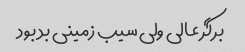
برگر عالی ولی سیب زمینی بد بود